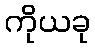
ကိုယခု